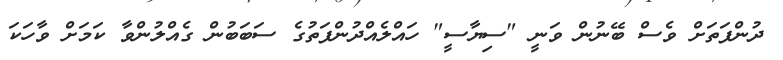
ދުންފަތަށް ވެސް ބޭނުން ވަނީ "ސިޔާސީ" ހައްލެއްދުންފަތުގެ ސަބަބުން ގެއްލުންވާ ކަމަށް ވާހަކަ